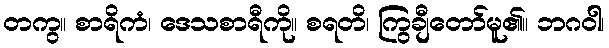
တကွ။ စာရိကံ၊ ဒေသစာရီကို။ စရတိ၊ ကြွချီတော်မူ၏။ ဘဂဝါ၊